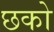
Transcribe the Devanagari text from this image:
छको